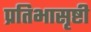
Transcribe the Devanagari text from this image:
प्रतिभासृष्टी